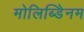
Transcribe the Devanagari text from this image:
मोलिब्डेिनम